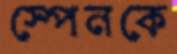
স্পেনকে